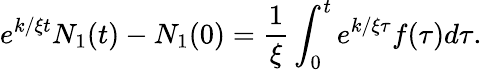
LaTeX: e^{k/\xi t}N_{1}(t)-N_{1}(0)=\frac{1}{\xi}\int_{0}^{t}e^{k/\xi\tau}f(\tau)d\tau.